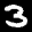
Label: 3